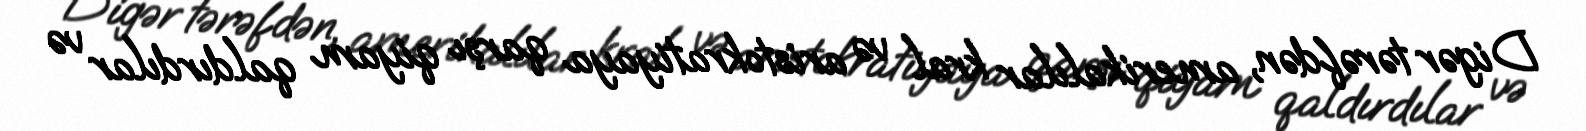
Digər tərəfdən, amerikalılar kral və aristokratiyaya qarşı qiyam qaldırdılar və